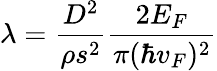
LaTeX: \lambda=\frac{D^{2}}{\rho s^{2}}\frac{2E_{F}}{\pi(\hbar v_{F})^{2}}